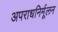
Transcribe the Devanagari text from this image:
अपराधनिर्मूलन